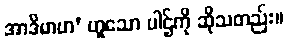
အာဒိမာဟ’ ဟူသော ပါဌ်ကို ဆိုသတည်း။